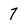
Character: 7